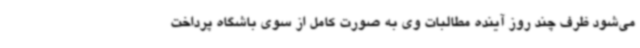
می‌شود ظرف چند روز آینده مطالبات وی به صورت کامل از سوی باشگاه پرداخت